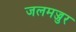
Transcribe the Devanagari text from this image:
जलमज्जुर